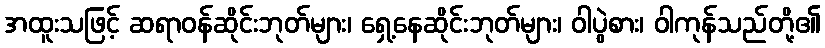
အထူးသဖြင့် ဆရာဝန်ဆိုင်းဘုတ်များ၊ ရှေ့နေဆိုင်းဘုတ်များ၊ ဝါပွဲစား၊ ဝါကုန်သည်တို့၏